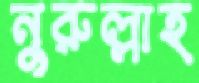
নুরুল্লাহ